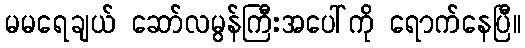
မမရေချယ် ဆော်လမွန်ကြီးအပေါ်ကို ရောက်နေပြီ။